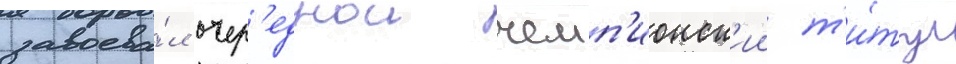
завоева́л очер'еднои чемп'ионск'ии т'и́тул